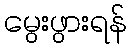
မွေးဖွားရန်